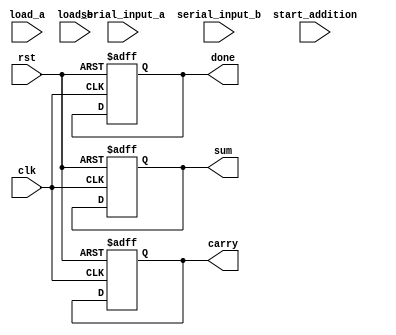
module carry_save_adder_serial (
    input wire clk,               // Clock signal
    input wire rst,               // Reset signal
    input wire serial_input_a,    // Serial input for operand A
    input wire serial_input_b,    // Serial input for operand B
    input wire load_a,            // Control signal to load operand A
    input wire load_b,            // Control signal to load operand B
    input wire start_addition,     // Control signal to start addition
    output reg [3:0] sum,         // Sum output
    output reg [3:0] carry,       // Carry output
    output reg done               // Signal to indicate the addition is complete
);

    // Registers to hold the operands
    reg [3:0] operand_a;          // Operand A
    reg [3:0] operand_b;          // Operand B
    reg [1:0] count_a;            // Counter for operand A
    reg [1:0] count_b;            // Counter for operand B

    // Initialize registers
    always @(posedge clk or posedge rst) begin
        if (rst) begin
            operand_a <= 4'b0;
            operand_b <= 4'b0;
            sum <= 4'b0;
            carry <= 4'b0;
            count_a <= 2'b00;
            count_b <= 2'b00;
            done <= 1'b0;
        end else begin
            // Load serial input into operand A
            if (load_a && count_a < 4) begin
                operand_a <= {serial_input_a, operand_a[3:1]}; // Shift in bit
                count_a <= count_a + 1;
            end
            
            // Load serial input into operand B
            else if (load_b && count_b < 4) begin
                operand_b <= {serial_input_b, operand_b[3:1]}; // Shift in bit
                count_b <= count_b + 1;
            end

            // Perform addition when both operands are loaded
            if (start_addition && count_a == 4 && count_b == 4) begin
                {carry, sum} <= operand_a + operand_b; // Perform addition
                done <= 1'b1;  // Indicate that addition is complete
            end
        end
    end
endmodule